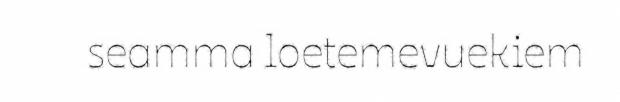
seamma loetemevuekiem